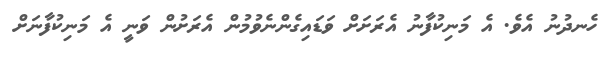
ހެނދުނު އެވެ. އެ މަނިކުފާނު އެރަށަށް ވަޑައިގެންނެވުމުން އެރަށުން ވަނީ އެ މަނިކުފާނަށް